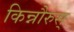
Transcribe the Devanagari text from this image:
किन्नौरुस्